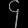
Digit: ၄